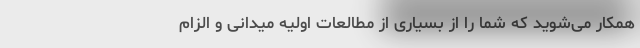
همکار می‌شوید که شما را از بسیاری از مطالعات اولیه میدانی و الزام